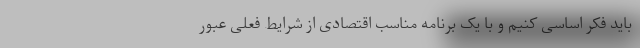
باید فکر اساسی کنیم و با یک برنامه مناسب اقتصادی از شرایط فعلی عبور